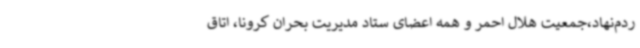
ردم‌نهاد،جمعیت هلال احمر و همه اعضای ستاد مدیریت بحران کرونا، اتاق